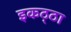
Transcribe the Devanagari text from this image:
इकठ्‌ठा